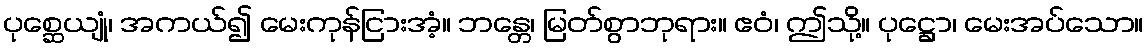
ပုစ္ဆေယျုံ၊ အကယ်၍ မေးကုန်ငြားအံ့။ ဘန္တေ၊ မြတ်စွာဘုရား။ ဧဝံ၊ ဤသို့။ ပုဋ္ဌော၊ မေးအပ်သော။